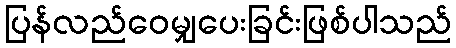
ပြန်လည်ဝေမျှပေးခြင်းဖြစ်ပါသည်